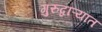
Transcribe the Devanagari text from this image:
गुरुद्वाऱ्यात